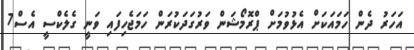
އަހަރު ދެން ހަމައަކަށް އެޅުވުމަށް ޕްރޮމޯޝަން ވަރުގަދަކުރަން ހަމަޖެހިފައި ވަނީ ގެލެކްސީ އެސް7